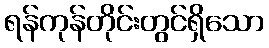
ရန်ကုန်တိုင်းတွင်ရှိသော